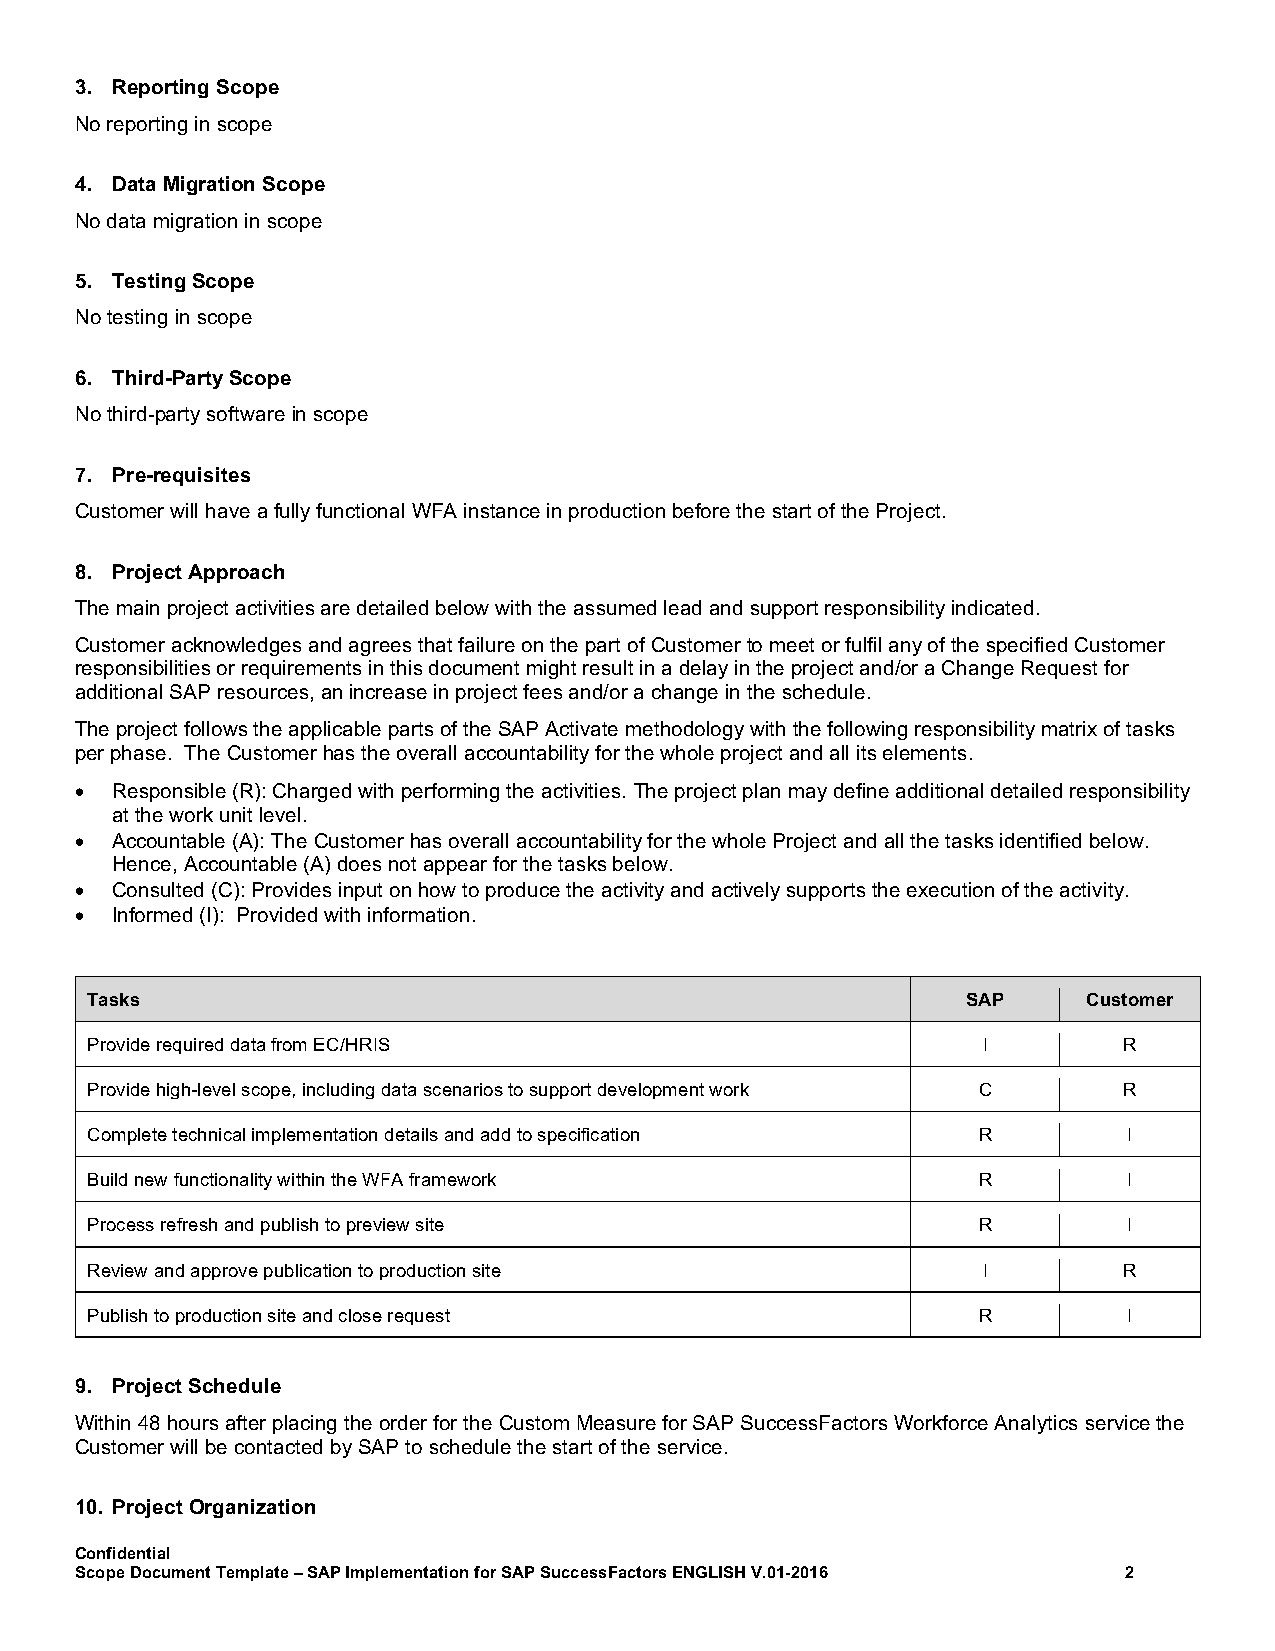
3. Reporting Scope
 No reporting in scope
 4. Data Migration Scope
 No data migration in scope
 5. Testing Scope
 No testing in scope
 6. Third-Party Scope
 No third-party software in scope
 7. Pre-requisites
 Customer will have a fully functional WFA instance in production before the start of the Project.
 8. Project Approach
 The main project activities are detailed below with the assumed lead and support responsibility indicated.
 Customer acknowledges and agrees that failure on the part of Customer to meet or fulfil any of the specified Customer
 responsibilities or requirements in this document might result in a delay in the project and/or a Change Request for
 additional SAP resources, an increase in project fees and/or a change in the schedule.
 The project follows the applicable parts of the SAP Activate methodology with the following responsibility matrix of tasks
 per phase. The Customer has the overall accountability for the whole project and all its elements.
 • Responsible (R): Charged with performing the activities. The project plan may define additional detailed responsibility
 at the work unit level.
 • Accountable (A): The Customer has overall accountability for the whole Project and all the tasks identified below.
 Hence, Accountable (A) does not appear for the tasks below.
 • Consulted (C): Provides input on how to produce the activity and actively supports the execution of the activity.
 • Informed (I): Provided with information.
 Tasks                                                     SAP     Customer
 Provide required data from EC/HRIS                         I        R
 Provide high-level scope, including data scenarios to support development work C R
 Complete technical implementation details and add to specification R I
 Build new functionality within the WFA framework           R         I
 Process refresh and publish to preview site                R         I
 Review and approve publication to production site          I        R
 Publish to production site and close request               R         I
 9. Project Schedule
 Within 48 hours after placing the order for the Custom Measure for SAP SuccessFactors Workforce Analytics service the
 Customer will be contacted by SAP to schedule the start of the service.
 10. Project Organization
 Confidential
 Scope Document Template – SAP Implementation for SAP SuccessFactors ENGLISH V.01-2016 2